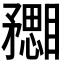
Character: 𥎙